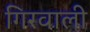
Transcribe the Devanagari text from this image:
गिरवाली